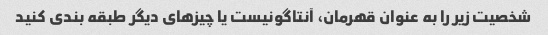
شخصیت زیر را به عنوان قهرمان، آنتاگونیست یا چیزهای دیگر طبقه بندی کنید